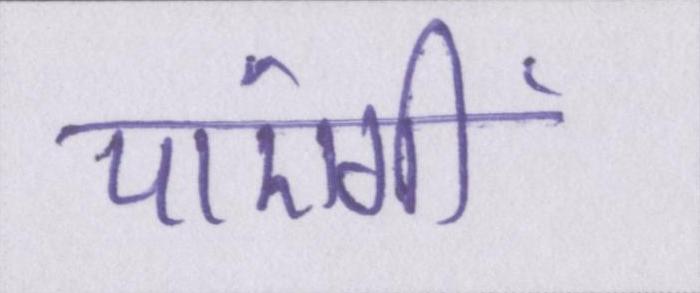
पाएंगीं